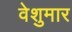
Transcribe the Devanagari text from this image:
वेशुमार